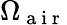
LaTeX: \Omega_{\mathrm{~a~i~r~}}